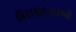
ધિરાણદાતાઓ